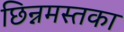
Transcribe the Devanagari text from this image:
छिन्नमस्तका